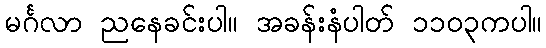
မင်္ဂလာ ညနေခင်းပါ။ အခန်းနံပါတ် ၁၁၀၃ကပါ။